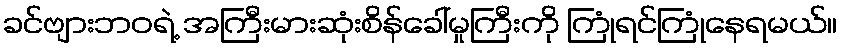
ခင်ဗျားဘဝရဲ့ အကြီးမားဆုံးစိန်ခေါ်မှုကြီးကို ကြုံရင်ကြုံနေရမယ်။